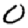
Digit: 0